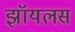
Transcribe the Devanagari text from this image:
झॉयलस